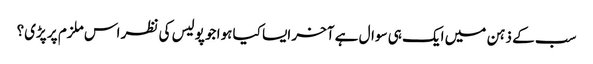
سب کے ذہن میں ایک ہی سوال ہے آخر ایسا کیا ہوا جو پولیس کی نظر اس ملزم پر پڑی؟